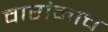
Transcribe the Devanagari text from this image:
वारांनाच